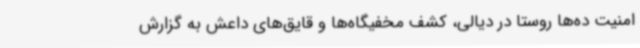
امنیت ده‌ها روستا در دیالی، کشف مخفیگاه‌ها و قایق‌های داعش به گزارش